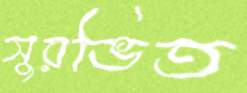
সুরভিত